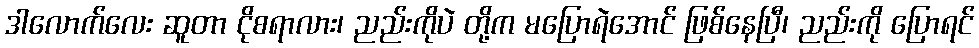
ဒါလောက်လေး ဆူတာ ငိုစရာလား၊ ညည်းကိုပဲ တို့က မပြောရဲအောင် ဖြစ်နေပြီ၊ ညည်းကို ပြောရင်